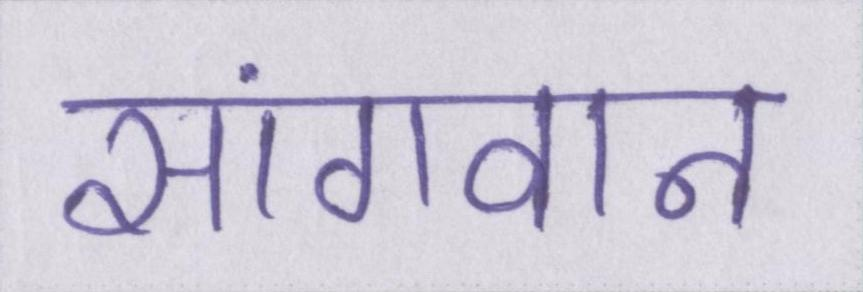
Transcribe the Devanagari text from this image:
सांगवान